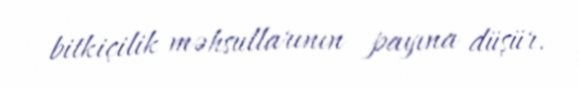
bitkiçilik məhsullarının payına düşür.